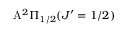
\mathrm { A } ^ { 2 } \Pi _ { 1 / 2 } ( J ^ { \prime } = 1 / 2 )